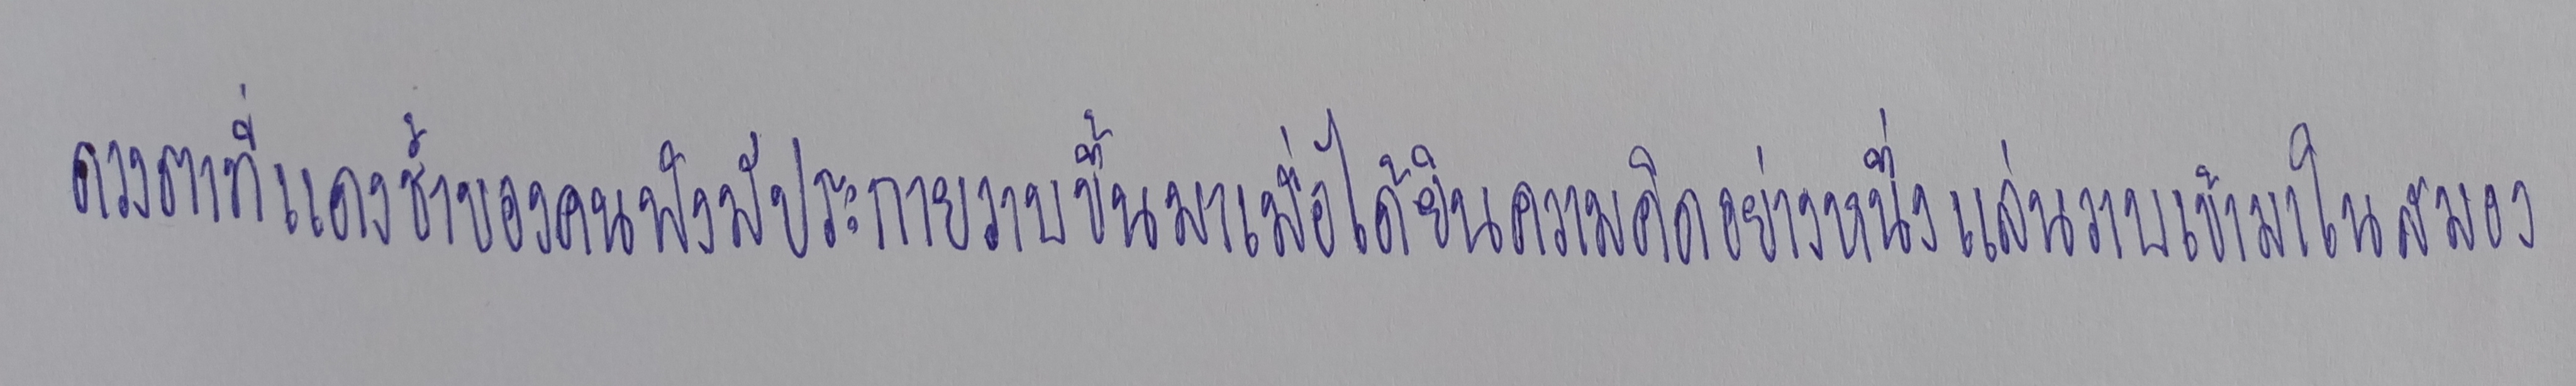
ดวงตาที่แดงช้ำของคนฟังมีประกายวาบขึ้นมาเมื่อได้ยินความคิดอย่างหนึ่งแล่นวาบเข้ามาในสมอง